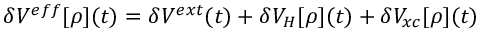
\delta V ^ { e f f } [ \rho ] ( t ) = \delta V ^ { e x t } ( t ) + \delta V _ { H } [ \rho ] ( t ) + \delta V _ { x c } [ \rho ] ( t )